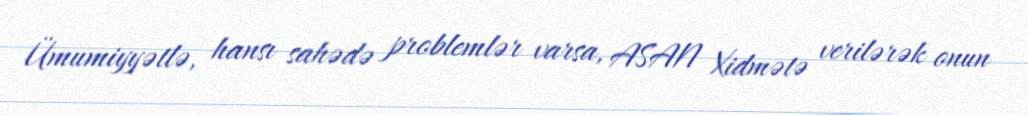
Ümumiyyətlə, hansı sahədə problemlər varsa, ASAN Xidmətə verilərək onun